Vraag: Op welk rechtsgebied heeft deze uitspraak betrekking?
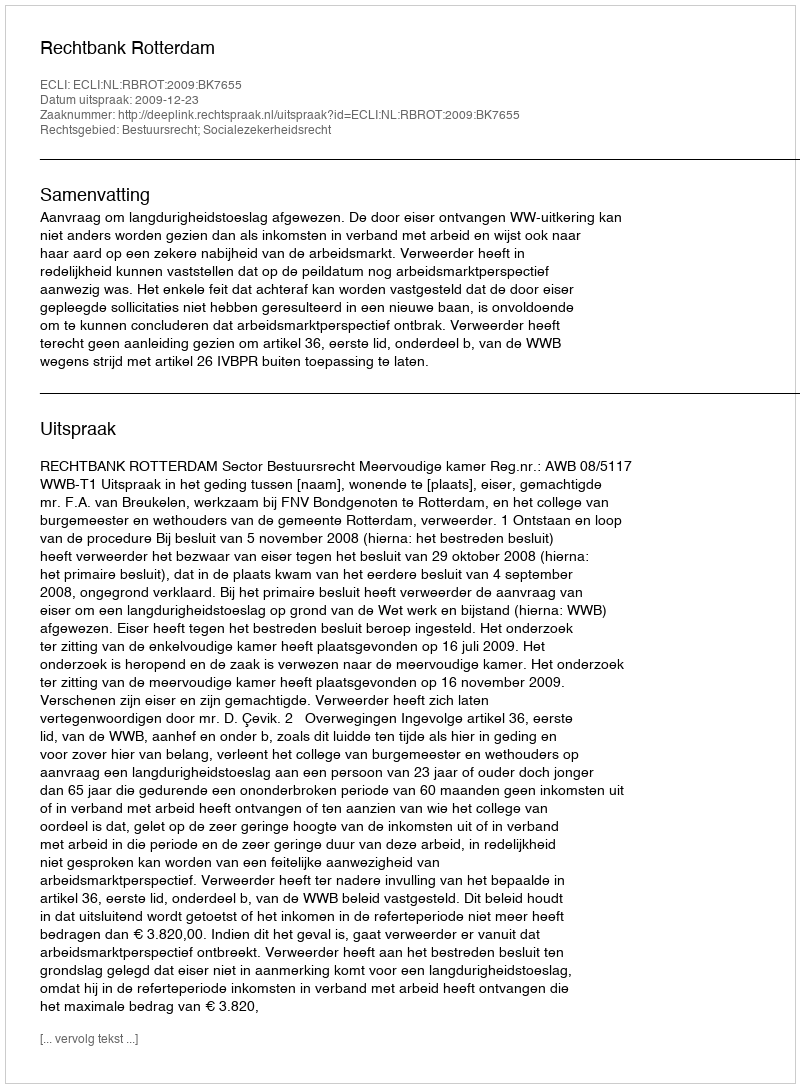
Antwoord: Bestuursrecht; Socialezekerheidsrecht